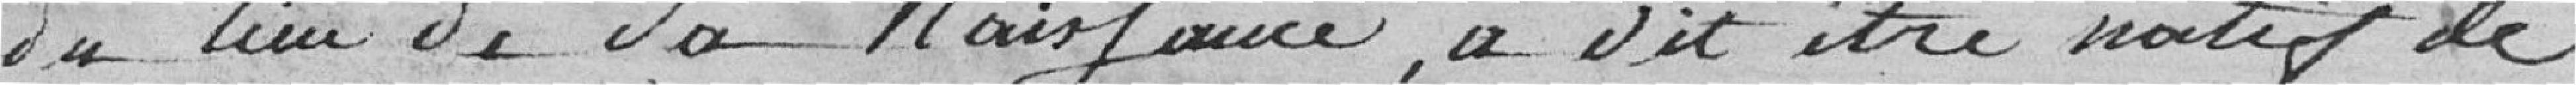
du lieu de sa naissance, a dit être natif de